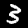
Digit: 3